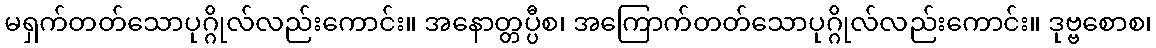
မရှက်တတ်သောပုဂ္ဂိုလ်လည်းကောင်း။ အနောတ္တပ္ပီစ၊ အကြောက်တတ်သောပုဂ္ဂိုလ်လည်းကောင်း။ ဒုဗ္ဗစောစ၊